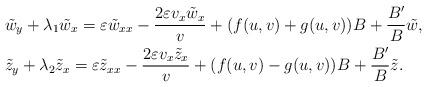
LaTeX: \begin{align*}&\tilde{w}_y+\lambda_1\tilde{w}_x=\varepsilon \tilde{w}_{xx}-\frac{2\varepsilon v_x\tilde{w}_x}{v}+(f(u,v)+g(u,v))B+\frac{B^\prime}{B}\tilde{w},\\&\tilde{z}_y+\lambda_2\tilde{z}_x=\varepsilon \tilde{z}_{xx}-\frac{2\varepsilon v_x\tilde{z}_x}{v}+(f(u,v)-g(u,v))B+\frac{B^\prime}{B}\tilde{z}.\end{align*}